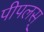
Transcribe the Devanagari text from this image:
पीपलस्